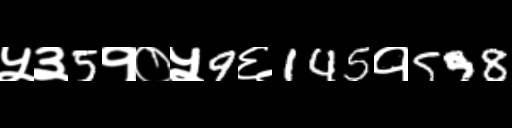
Text: ५३5१०५9६145१598